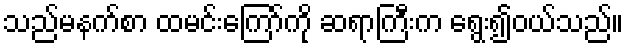
သည်မနက်စာ ထမင်းကြော်ကို ဆရာကြီးက ရွေး၍ဝယ်သည်။